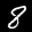
Label: 8